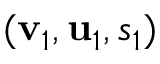
( \mathbf { v } _ { 1 } , \mathbf { u } _ { 1 } , s _ { 1 } )